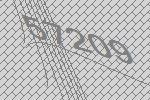
57209